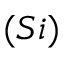
( S i )